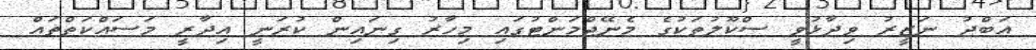
އަބްދު ނަޒީރު ވިދާޅުވީ ސްކޫލުތަކުގެ މެނޭޖްމަންޓުގައި މިހާރު ގިނައިން ކުރަނީ އިދާރީ މަސައްކަތްތައް